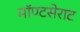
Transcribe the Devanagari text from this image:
मॉण्टसेराट